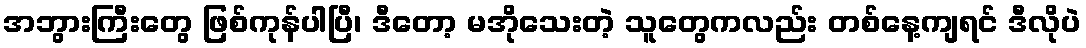
အဘွားကြီးတွေ ဖြစ်ကုန်ပါပြီ၊ ဒီတော့ မအိုသေးတဲ့ သူတွေကလည်း တစ်နေ့ကျရင် ဒီလိုပဲ